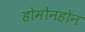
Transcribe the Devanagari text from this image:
होमोनहोन